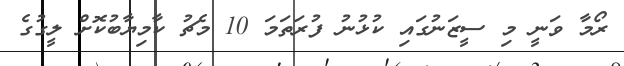
ރޯމާ ވަނީ މި ސީޒަނުގައި ކުޅުނު ފުރަތަމަ 10 މެޗު ކާމިޔާބުކޮށް ލީގުގެ